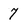
Character: 7